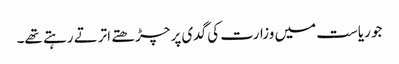
جو ریاست میں وزارت کی گدی پر چڑھتے اترتے رہتے تھے۔